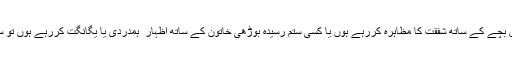
مثال کے طور پر اگر میاں نوازشریف یا میاں شہبازشریف جھک کر کسی مفلس بچے کے ساتھ شفقت کا مظاہرہ کررہے ہوں یا کسی ستم رسیدہ بوڑھی خاتون کے ساتھ اظہار ِ ہمدردی یا یگانگت کررہے ہوں تو سمجھ لیں کہ چند ہی فٹ کے فاصلے پر کیمرے اور کیمرہ مین موجود ہوں گے۔